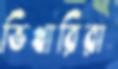
ভিখারিরা